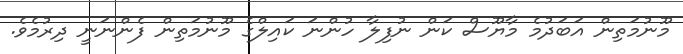
މޫނުމަތިން އަބަދުމެ މާޔޫސް ކަން ނުފިލާ ހުންނަ ކައިލްގެ މޫނުމަތިން ފެންނަނީ ދިރުމެވެ.